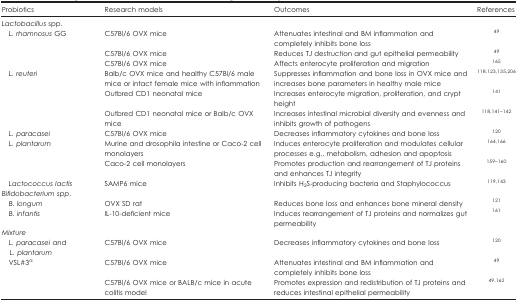
<table><thead><tr><td><b>Probiotics</b></td><td><b>Research models</b></td><td><b>Outcomes</b></td><td><b>References</b></td></tr></thead><tbody><tr><td colspan="4"><i>Lactobacillus</i> spp.</td></tr><tr><td> <i>L. rhamnosus</i> GG</td><td>C57Bl/6 OVX mice</td><td>Attenuates intestinal and BM inflammation and completely inhibits bone loss</td><td><sup>49</sup></td></tr><tr><td> </td><td>C57Bl/6 OVX mice</td><td>Reduces TJ destruction and gut epithelial permeability</td><td><sup>49</sup></td></tr><tr><td> </td><td>C57Bl/6 OVX mice</td><td>Affects enterocyte proliferation and migration</td><td><sup>165</sup></td></tr><tr><td> <i>L. reuteri</i></td><td>Balb/c OVX mice and healthy C57Bl/6 male mice or intact female mice with inflammation</td><td>Suppresses inflammation and bone loss in OVX mice and increases bone parameters in healthy male mice</td><td><sup>118,123,135,206</sup></td></tr><tr><td> </td><td>Outbred CD1 neonatal mice</td><td>Increases enterocyte migration, proliferation, and crypt height</td><td><sup>141</sup></td></tr><tr><td> </td><td>Outbred CD1 neonatal mice or Balb/c OVX mice</td><td>Increases intestinal microbial diversity and evenness and inhibits growth of pathogens</td><td><sup>118,141,142</sup></td></tr><tr><td> <i>L. paracasei</i></td><td>C57Bl/6 OVX mice</td><td>Decreases inflammatory cytokines and bone loss</td><td><sup>120</sup></td></tr><tr><td> <i>L. plantarum</i></td><td>Murine and drosophila intestine or Caco-2 cell monolayers</td><td>Induces enterocyte proliferation and modulates cellular processes e.g., metabolism, adhesion and apoptosis</td><td><sup>164,166</sup></td></tr><tr><td> </td><td>Caco-2 cell monolayers</td><td>Promotes production and rearrangement of TJ proteins and enhances TJ integrity</td><td><sup>159,160</sup></td></tr><tr><td> <i>Lactococcus lactis</i></td><td>SAMP6 mice</td><td>Inhibits H<sub>2</sub>S-producing bacteria and Staphylococcus</td><td><sup>119,143</sup></td></tr><tr><td colspan="4"><i>Bifidobacterium</i><i>spp</i>.</td></tr><tr><td> <i>B. longum</i></td><td>OVX SD rat</td><td>Reduces bone loss and enhances bone mineral density</td><td><sup>121</sup></td></tr><tr><td> <i>B. infantis</i></td><td>IL-10-deficient mice</td><td>Induces rearrangement of TJ proteins and normalizes gut permeability</td><td><sup>161</sup></td></tr><tr><td colspan="4"><i>Mixture</i></td></tr><tr><td> <i>L. paracasei</i> and <i>L. plantarum</i></td><td>C57Bl/6 OVX mice</td><td>Decreases inflammatory cytokines and bone loss</td><td><sup>120</sup></td></tr><tr><td> VSL#3a</td><td>C57Bl/6 OVX mice</td><td>Attenuates intestinal and BM inflammation and completely inhibits bone loss</td><td><sup>49</sup></td></tr><tr><td> </td><td>C57Bl/6 OVX mice or BALB/c mice in acute colitis model</td><td>Promotes expression and redistribution of TJ proteins and reduces intestinal epithelial permeability</td><td><sup>49,162</sup></td></tr></tbody></table>